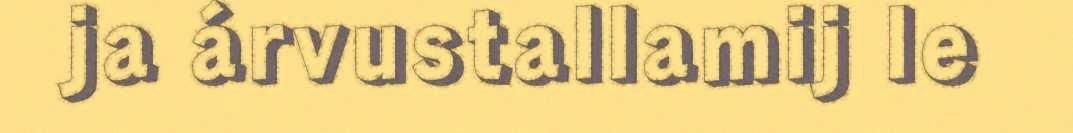
ja árvustallamij le